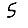
Digit: 5